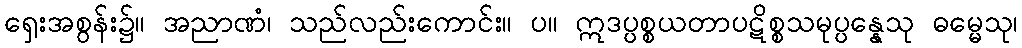
ရှေးအစွန်း၌။ အညာဏံ၊ သည်လည်းကောင်း။ ပ။ ဣဒပ္ပစ္စယတာပဋိစ္စသမုပ္ပန္နေသု ဓမ္မေသု၊